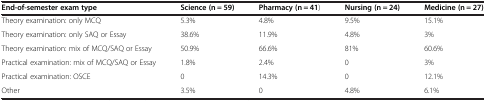
| End-of-semester exam type | Science (n = 59) | Pharmacy (n = 41) | Nursing (n = 24) | Medicine (n = 27) |
 | --- | --- | --- | --- | --- |
 | Theory examination: only MCQ | 5.3% | 4.8% | 9.5% | 15.1% |
 | Theory examination: only SAQ or Essay | 38.6% | 11.9% | 4.8% | 3% |
 | Theory examination: mix of MCQ/SAQ or Essay | 50.9% | 66.6% | 81% | 60.6% |
 | Practical examination: mix of MCQ/SAQ or Essay | 1.8% | 2.4% | 0 | 3% |
 | Practical examination: OSCE | 0 | 14.3% | 0 | 12.1% |
 | Other | 3.5% | 0 | 4.8% | 6.1% |